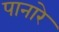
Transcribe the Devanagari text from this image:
पानारे